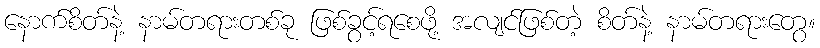
နောက်စိတ်နဲ့ နာမ်တရားတစ်ခု ဖြစ်ခွင့်ရစေဖို့ အလျင်ဖြစ်တဲ့ စိတ်နဲ့ နာမ်တရားတွေ။